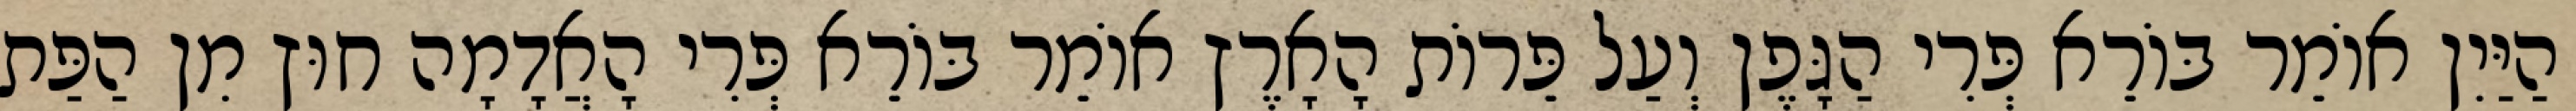
הַיַּיִן אוֹמֵר בּוֹרֵא פְּרִי הַגָּפֶן וְעַל פֵּרוֹת הָאָרֶץ אוֹמֵר בּוֹרֵא פְּרִי הָאֲדָמָה חוּץ מִן הַפַּת